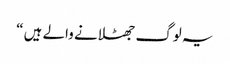
یہ لوگ جھٹلانے والے ہیں “